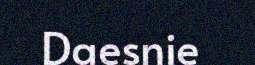
Daesnie